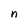
Character: n